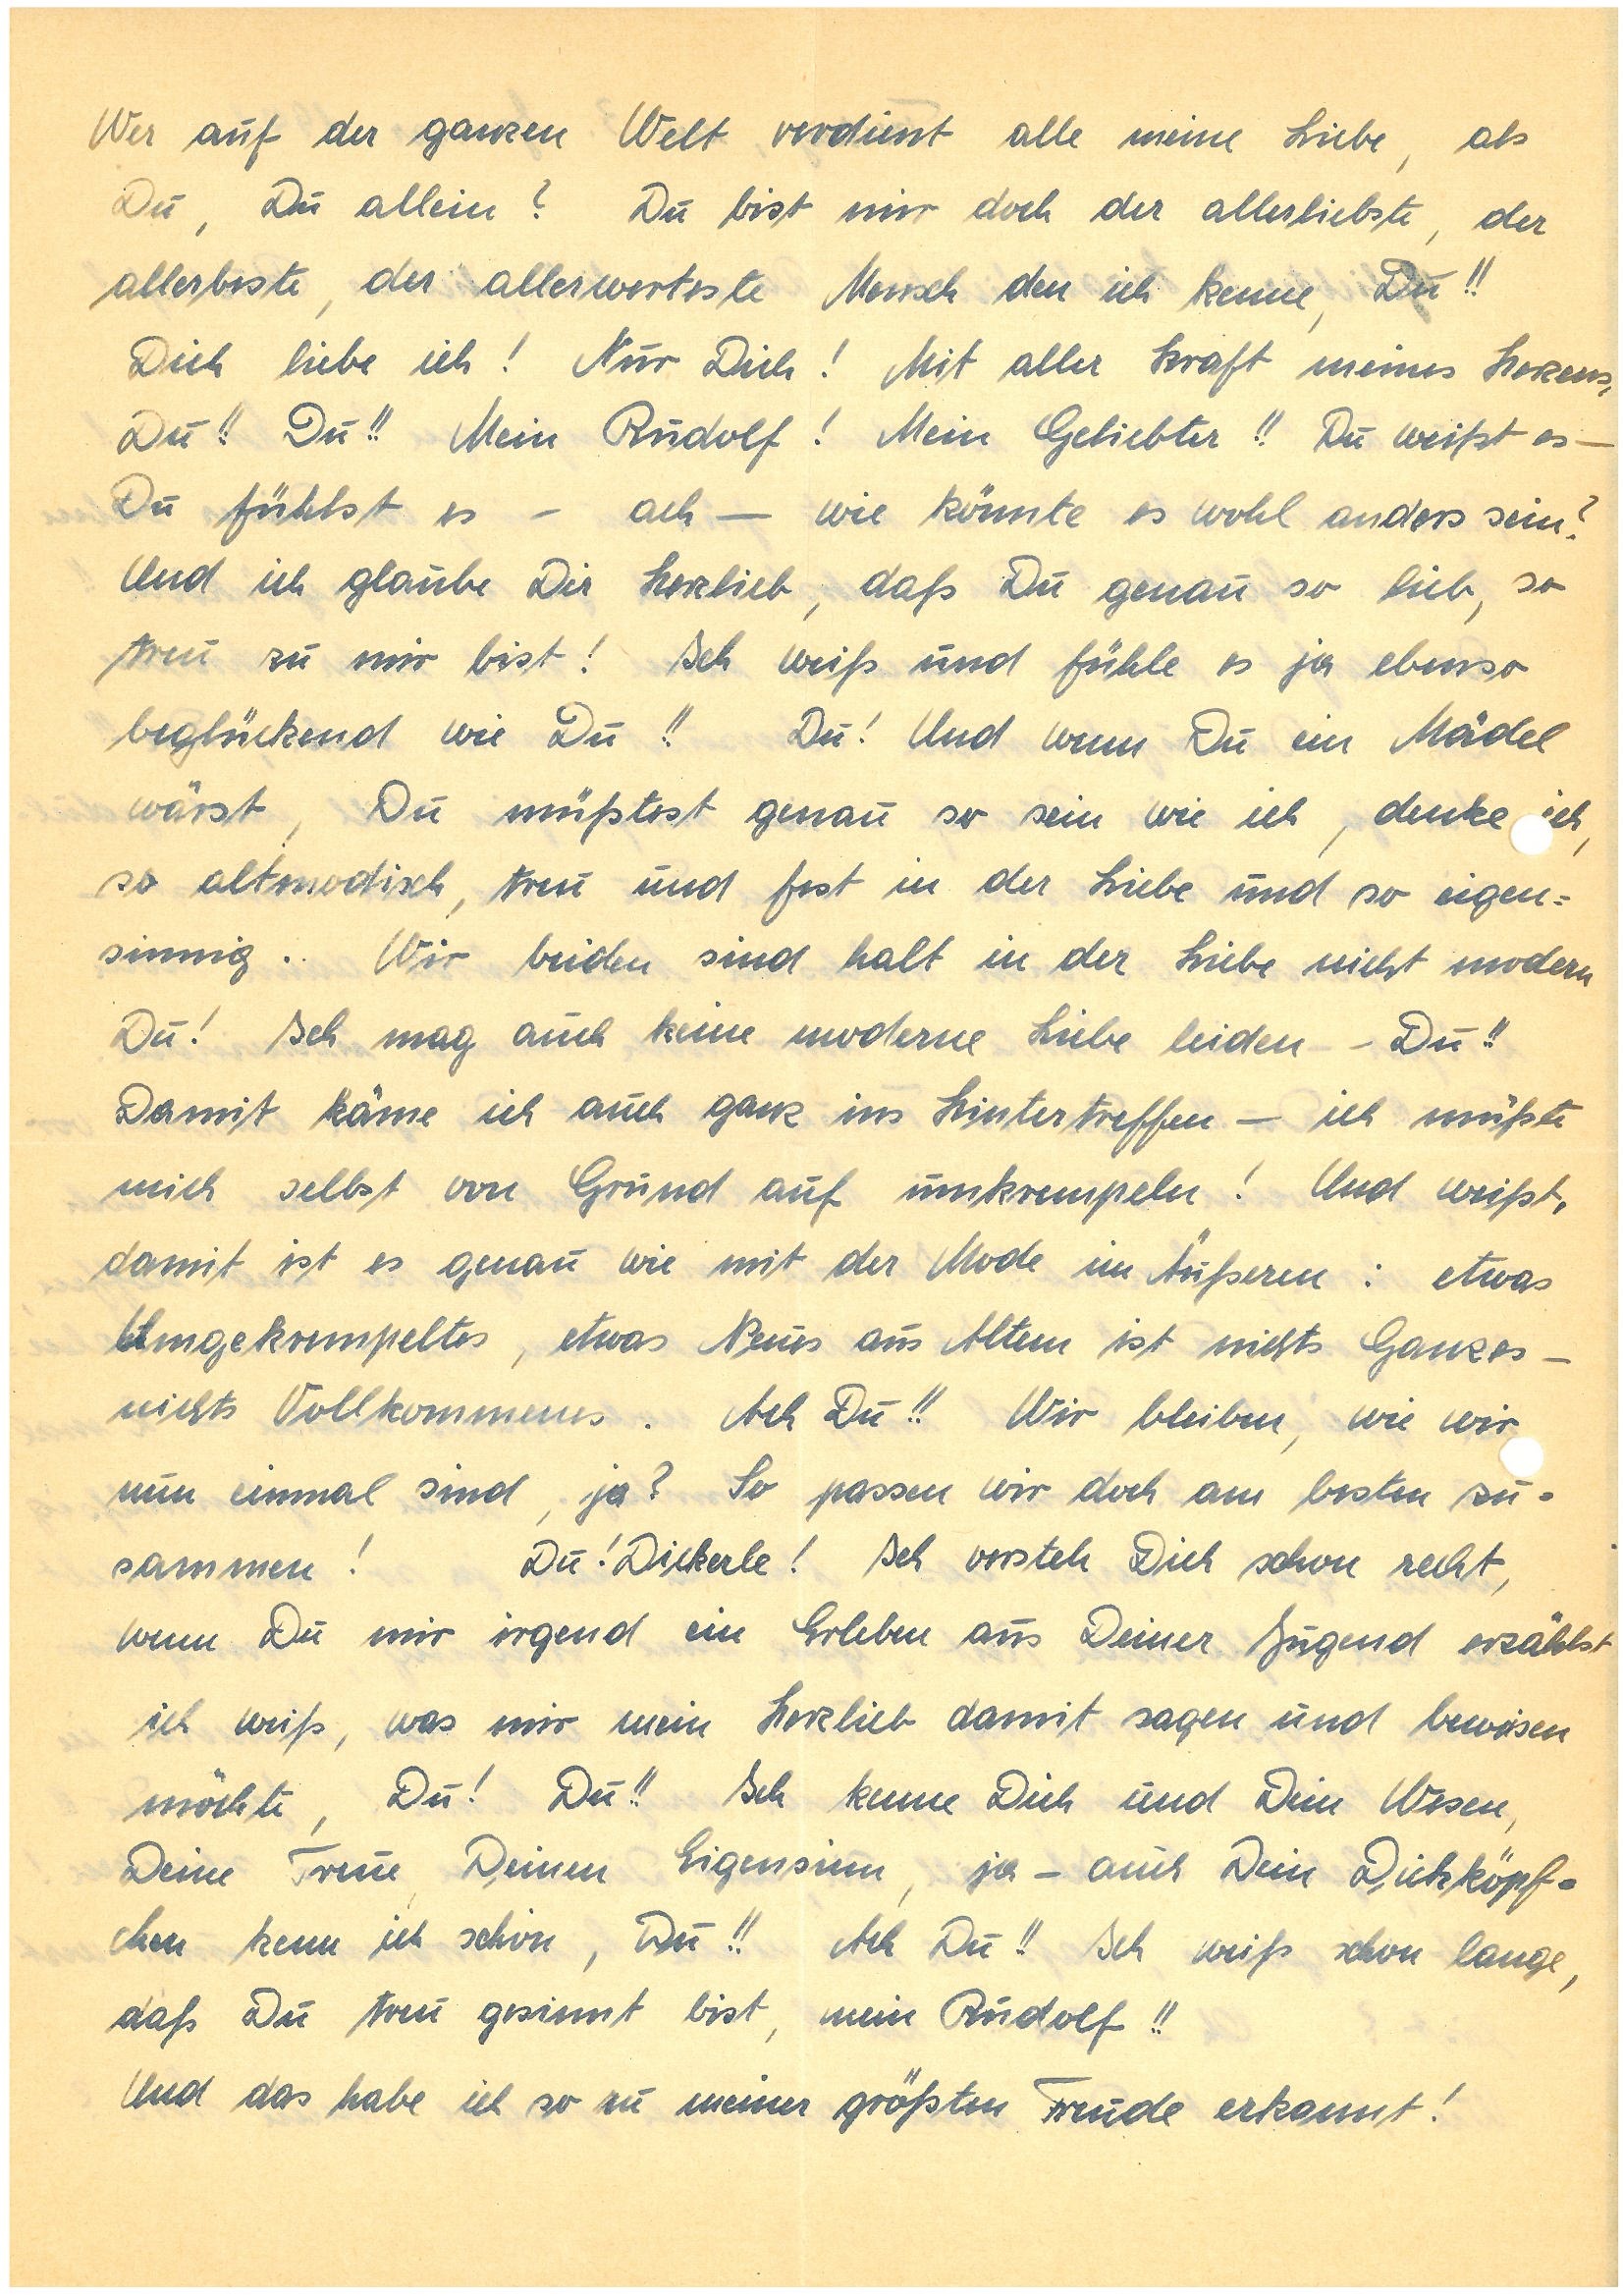
Wer auf der ganzen Welt verdient alle meine Liebe, als
Du, Du allein? Du bist mir doch der allerliebste, der
allerbeste, der allerwerteste Mensch den ich kenne, Du!!
Dich liebe ich! Nur Dich! Mit aller Kraft meines Herzens,
Du!! Du!! Mein ! Mein Geliebter!! Du weißt es –
Du fühlst es – ach — wie könnte es wohl anders sein?
Und ich glaube Dir Herzlieb, daß Du genau so lieb, so
treu zu mir bist! Ich weiß und fühle es ja ebenso
beglückend wie Du!! Du! Und wenn Du ein Mädel
wärst, Du müßtest genau so sein wie ich, denke ich,
so altmodisch, treu und fest in der Liebe und so eigen¬
sinnig. Wir beiden sind halt in der Liebe nicht modern
Du! Ich mag auch keine moderne Liebe leiden – Du!!
Damit käme ich auch ganz ins Hintertreffen – ich müßte
mich selbst von Grund auf umkrempeln! Und weißt,
damit ist es genau wie mit der Mode im Äußeren: etwas
Umgekrempeltes, etwas Neues aus Altem ist nichts Ganzes –
nichts Vollkommenes. Ach Du!! Wir bleiben, wie wir
nun einmal sind, ja? So passen wir doch am besten zu¬
sammen! Du! Dickerle! Ich versteh Dich schon recht,
wenn Du mir irgend ein Erleben aus Deiner Jugend erzählst,
ich weiß, was mir mein Herzlieb damit sagen und beweisen
möchte, Du! Du!! Ich kenne Dich und Dein Wesen,
Deine Treue, Deinen Eigensinn, ja – auch Dein Dickköpf¬
chen kenn ich schon, Du!! Ach Du!! Ich weiß schon lange,
daß Du treu gesinnt bist, mein !!
Und das habe ich so zu meiner größten Freude erkannt!